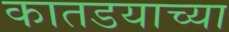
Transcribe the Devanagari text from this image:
कातडयाच्या